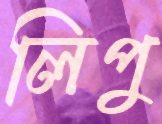
লিপু